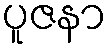
ပူဇနာ